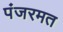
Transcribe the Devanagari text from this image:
पंजरमत